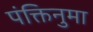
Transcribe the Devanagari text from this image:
पंक्तिनुमा